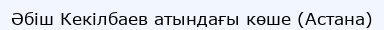
Әбіш Кекілбаев атындағы көше (Астана)